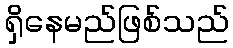
ရှိနေမည်ဖြစ်သည်